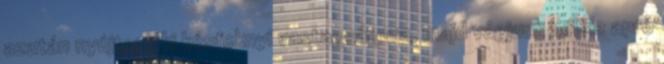
azután nyújtsuk ki késfoknyi vastagságura, majd vágjunk belöle apró